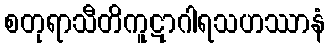
စတုရာသီတိကူဋာဂါရသဟဿာနံ